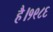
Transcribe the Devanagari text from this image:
है।१९८६